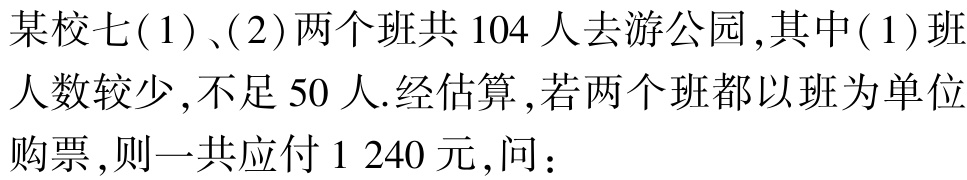
某校七( 1 )、(2 )两个班共 104 人去游公园 ,其中( 1 )班人数较少 ,不足 50 人.经估算 ,若两个班都以班为单位购票 ,则一共应付 1 240 元 ,问：